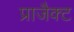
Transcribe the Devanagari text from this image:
प्राजैक्ट